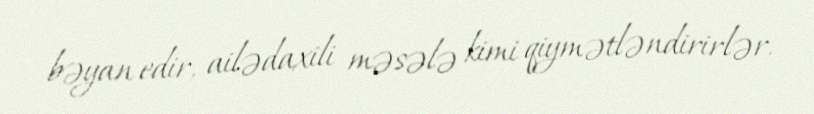
bəyan edir, ailədaxili məsələ kimi qiymətləndirirlər.